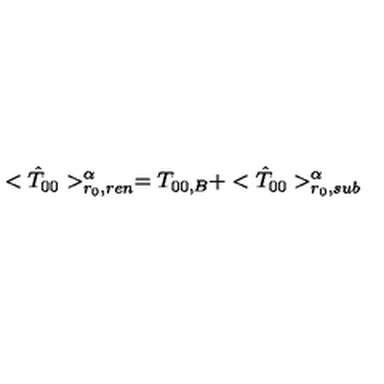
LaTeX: < { \hat { T } } _ { 0 0 } > _ { r _ { 0 } , r e n } ^ { \alpha } = T _ { 0 0 , B } + < { \hat { T } } _ { 0 0 } > _ { r _ { 0 } , s u b } ^ { \alpha }